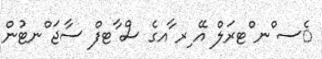
ެސ ްނ ްޓރަލް އޭ ިރ ާއގެ ސް ާޓފް ސާޖަ ްނޓުން